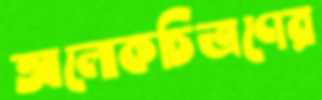
আলোকচিত্রণের